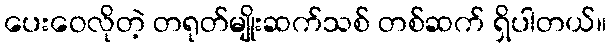
ပေးဝေလိုတဲ့ တရုတ်မျိုးဆက်သစ် တစ်ဆက် ရှိပါတယ်။